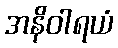
အနိဝါရယံ